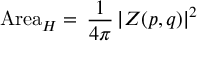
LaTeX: \mathrm { A r e a } _ { H } = \, \frac { 1 } { 4 \pi } \, \vert Z ( p , q ) \vert ^ { 2 }